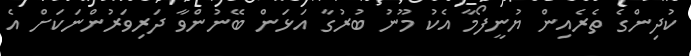
ކުދިންގެ ތެރެއިން ޔުނީފޯމާ އެކު މޫނު ބުރުގާ އަޅަން ބޭނުންވާ ދަރިވަރުންނަކަށް އެ